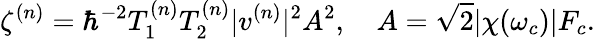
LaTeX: \zeta^{(n)}=\hbar^{-2}T_{1}^{(n)}T_{2}^{(n)}|v^{(n)}|^{2}A^{2},\quad A=\sqrt{2}|\chi(\omega_{c})|F_{c}.